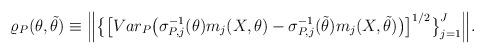
LaTeX: \begin{align*}\varrho_{P}(\theta,\tilde{\theta})\equiv \Big\|\big\{\big[Var_P\big(\sigma_{P,j}^{-1}(\theta)m_j(X,\theta)-\sigma_{P,j}^{-1}(\tilde{\theta})m_j(X,\tilde{\theta})\big)\big]^{1/2}\big\}_{j=1}^J\Big\|.\end{align*}